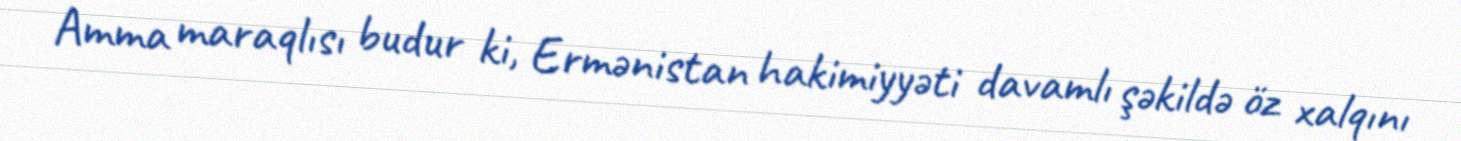
Amma maraqlısı budur ki, Ermənistan hakimiyyəti davamlı şəkildə öz xalqını